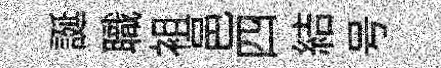
誕職袓邑四結号